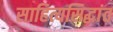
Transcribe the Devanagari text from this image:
साहित्यसिद्धांत